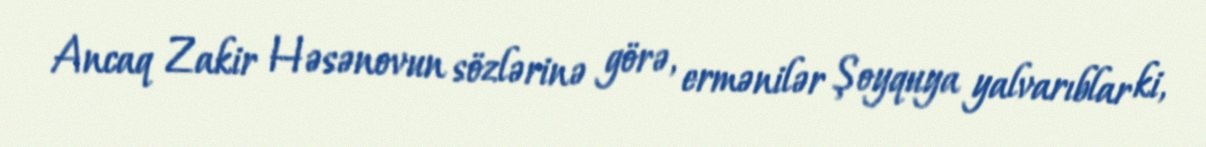
Ancaq Zakir Həsənovun sözlərinə görə, ermənilər Şoyquya yalvarıblar ki,